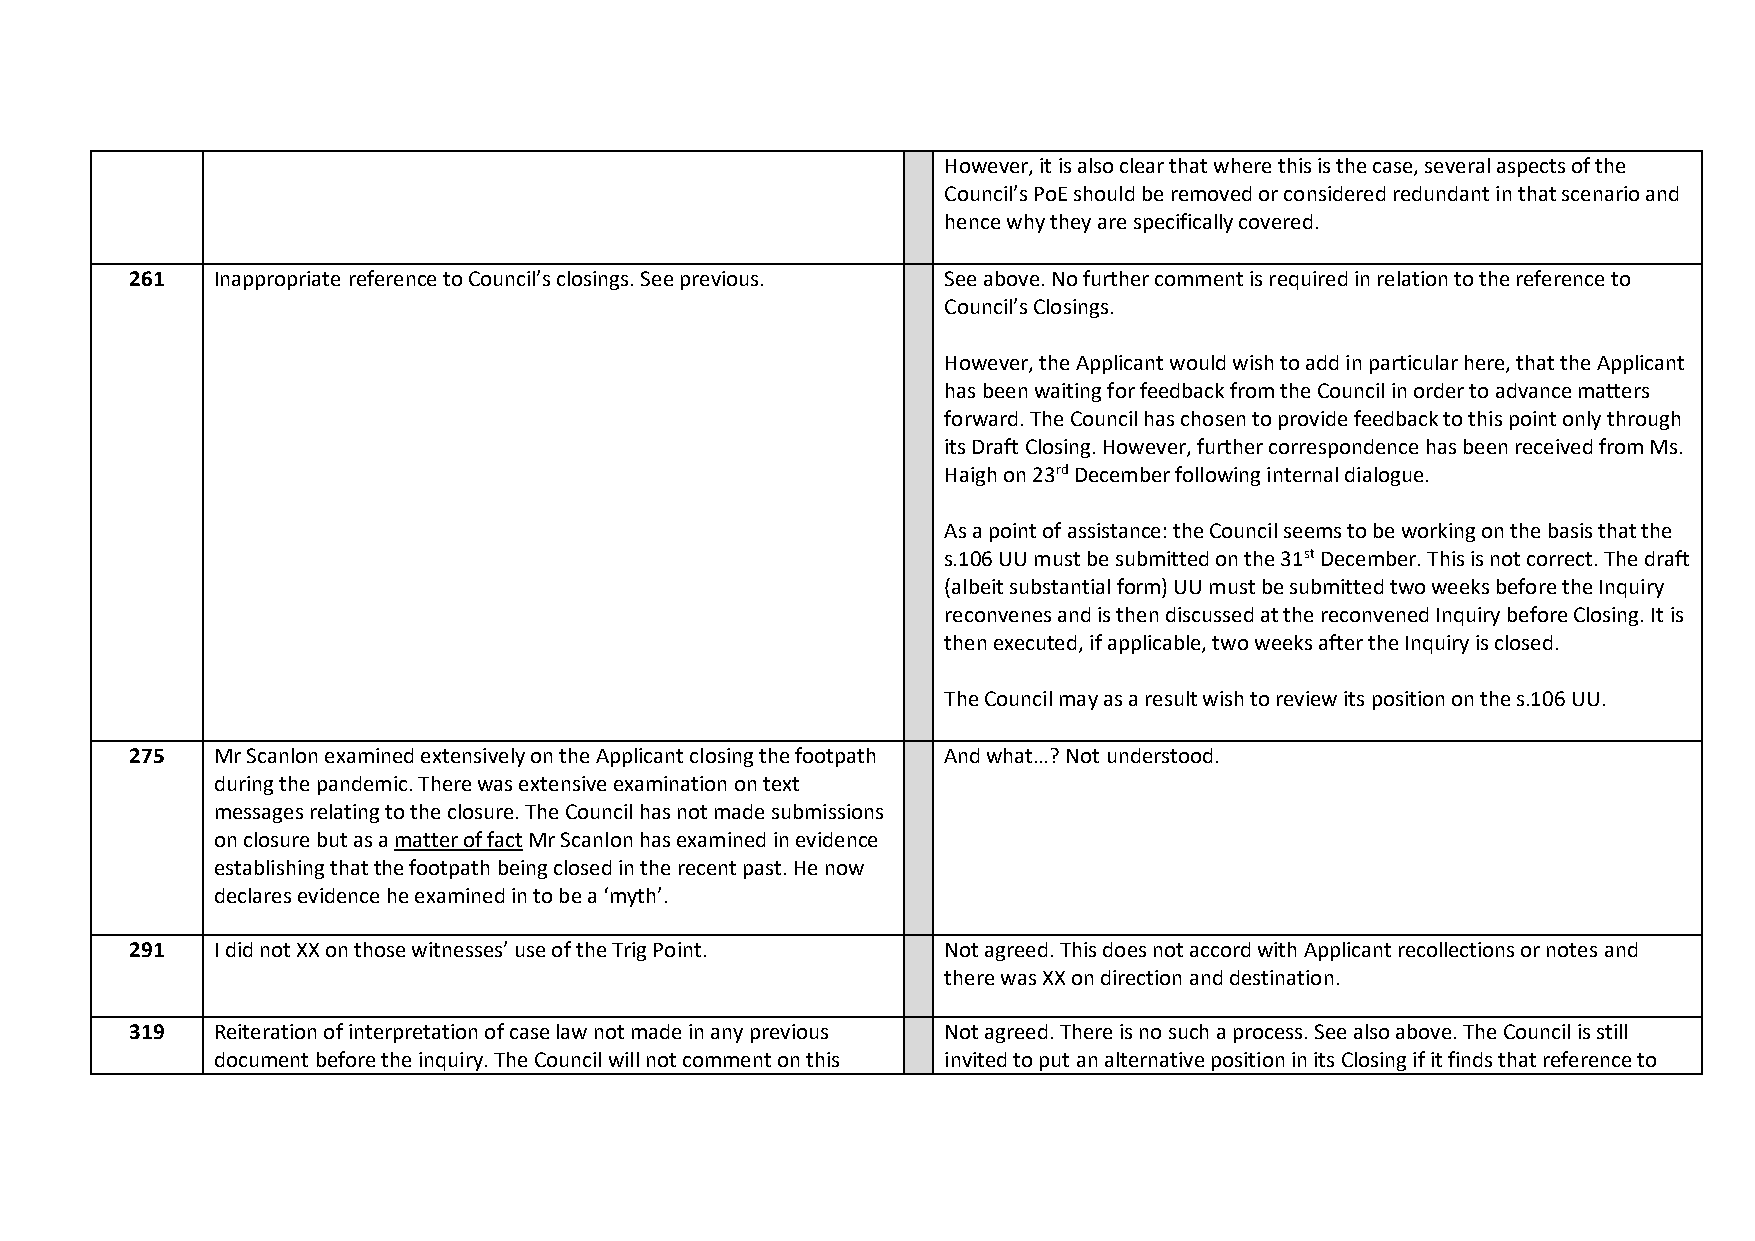
However, it is also clear that where this is the case, several aspects of the
 Council’s PoE should be removed or considered redundant in that scenario and
 hence why they are specifically covered.
 261  Inappropriate reference to Council’s closings. See previous. See above. No further comment is required in relation to the reference to
 Council’s Closings.
 However, the Applicant would wish to add in particular here, that the Applicant
 has been waiting for feedback from the Council in order to advance matters
 forward. The Council has chosen to provide feedback to this point only through
 its Draft Closing. However, further correspondence has been received from Ms.
 Haigh on 23rd December following internal dialogue.
 As a point of assistance: the Council seems to be working on the basis that the
 s.106 UU must be submitted on the 31st December. This is not correct. The draft
 (albeit substantial form) UU must be submitted two weeks before the Inquiry
 reconvenes and is then discussed at the reconvened Inquiry before Closing. It is
 then executed, if applicable, two weeks after the Inquiry is closed.
 The Council may as a result wish to review its position on the s.106 UU.
 275  Mr Scanlon examined extensively on the Applicant closing the footpath And what…? Not understood.
 during the pandemic. There was extensive examination on text
 messages relating to the closure. The Council has not made submissions
 on closure but as a matter of fact Mr Scanlon has examined in evidence
 establishing that the footpath being closed in the recent past. He now
 declares evidence he examined in to be a ‘myth’.
 291  I did not XX on those witnesses’ use of the Trig Point. Not agreed. This does not accord with Applicant recollections or notes and
 there was XX on direction and destination.
 319  Reiteration of interpretation of case law not made in any previous Not agreed. There is no such a process. See also above. The Council is still
 document before the inquiry. The Council will not comment on this invited to put an alternative position in its Closing if it finds that reference to